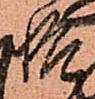
悟